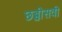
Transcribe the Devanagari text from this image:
छब्बीसवी